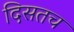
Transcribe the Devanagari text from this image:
दिसतच